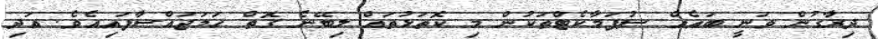
ދިރާގުން ވަނީ ބައެއް ސުޕަމާކެޓްތަކުން މި ކޮތަޅުތައް ލިބޭނެ ގޮތް ހަމަޖައްސާފައިއެވެ. އަދި